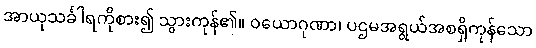
အာယုသင်္ခါရကိုစား၍ သွားကုန်၏။ ဝယောဂုဏာ၊ ပဌမအရွယ်အစရှိကုန်သော